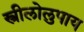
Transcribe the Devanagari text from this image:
स्त्रीलोलुपाय